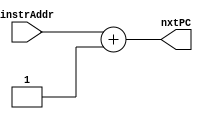
`timescale 1ns / 1ps
//////////////////////////////////////////////////////////////////////////////////
// Company: 
// Engineer: 
// 
// Design Name: 
// Module Name:    pc_incr 
// Project Name: 
// Target Devices: 
// Tool versions: 
// Description: 
//
// Dependencies: 
//
// Revision: 
// Revision 0.01 - File Created
// Additional Comments: 
//
//////////////////////////////////////////////////////////////////////////////////
module pc_incr(
	input [31:0] instrAddr,
	output [31:0] nxtPC
   );
	 
	assign nxtPC = instrAddr + 32'd1;


endmodule